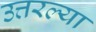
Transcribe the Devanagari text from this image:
उत्तरल्या